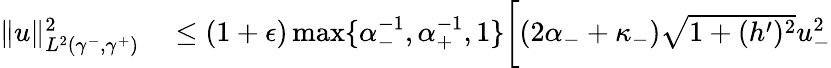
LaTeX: \begin{array}{rl}{\| u\| _{L^{2}(\gamma^{-},\gamma^{+})}^{2}}&{{}\leq(1+\epsilon)\operatorname*{max}\lbrace\alpha_{-}^{-1},\alpha_{+}^{-1},1\rbrace\bigg[(2\alpha_{-}+\kappa_{-})\sqrt{1+(h^{\prime})^{2}}u_{-}^{2}}\end{array}